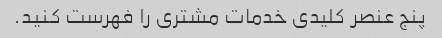
پنج عنصر کلیدی خدمات مشتری را فهرست کنید.